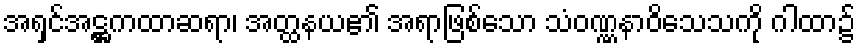
အရှင်အဋ္ဌကထာဆရာ၊ အတ္ထနယ၏ အရာဖြစ်သော သံဝဏ္ဏနာဝိသေသကို ဂါထာ၌